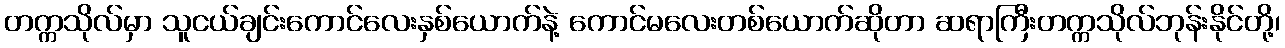
တက္ကသိုလ်မှာ သူငယ်ချင်းကောင်လေးနှစ်ယောက်နဲ့ ကောင်မလေးတစ်ယောက်ဆိုတာ ဆရာကြီးတက္ကသိုလ်ဘုန်းနိုင်တို့၊